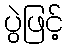
ပွဲဖြင့်